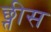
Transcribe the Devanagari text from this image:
छ्त्तीस